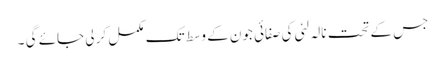
جس کے تحت نالہ لئی کی صفائی جون کے وسط تک مکمل کر لی جائے گی ۔